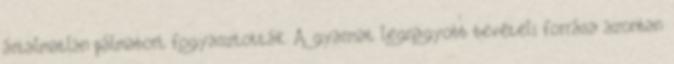
ártalmatlan pálmabort fogyasztották. A gyarmat legnagyobb bevételi forrása azonban